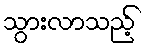
သွားလာသည့်